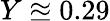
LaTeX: Y\approxeq 0.29